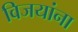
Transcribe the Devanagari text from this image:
विजयांना